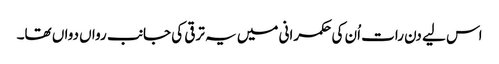
اس لیے دن رات اُن کی حکمرانی میں یہ ترقی کی جانب رواں دواں تھا۔